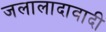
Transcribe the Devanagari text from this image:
जलालादावादी